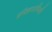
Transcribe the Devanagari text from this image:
इरिन्नाराप्पिली